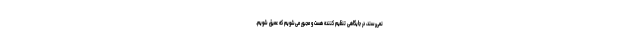
نمی‌رسند، در جایگاهی تنظیم کننده هست و مجبور می‌شویم که عمیق شویم.